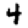
Digit: 4